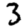
Digit: 3